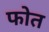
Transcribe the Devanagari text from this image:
फोत